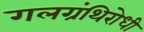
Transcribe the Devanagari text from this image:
गलग्रंथिरोधी